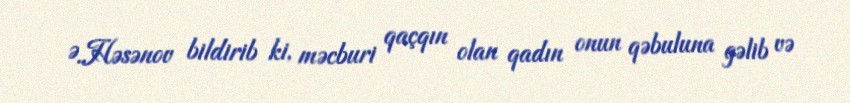
Ə.Həsənov bildirib ki, məcburi qaçqın olan qadın onun qəbuluna gəlib və